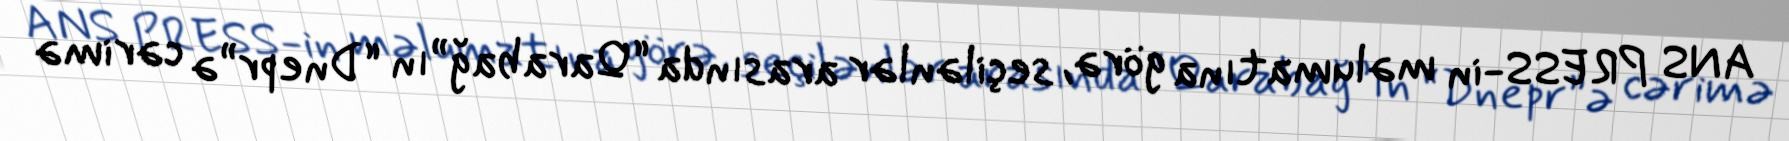
ANS PRESS-in məlumatına görə, seçilənlər arasında “Qarabağ”ın “Dnepr”ə cərimə